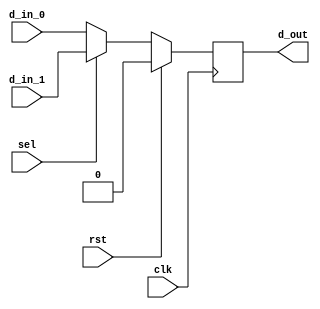
/*
Name - SHUBHABRATA NATH
Topic - Synchronous Scanned D FF
Date - 18:07:2022
*/

module synchronous_scanned_d_ff(input d_in_0,d_in_1,sel,rst,clk,output reg d_out);

reg d;

always@(d_in_0,d_in_1,sel)
begin
d = (!sel ? d_in_0 : d_in_1);
end

always@(posedge clk)
begin
if(rst)d_out <= 1'b0;
else d_out <= d;
end

endmodule